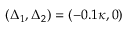
( \Delta _ { 1 } , \Delta _ { 2 } ) = ( - 0 . 1 \kappa , 0 )